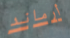
أرماند